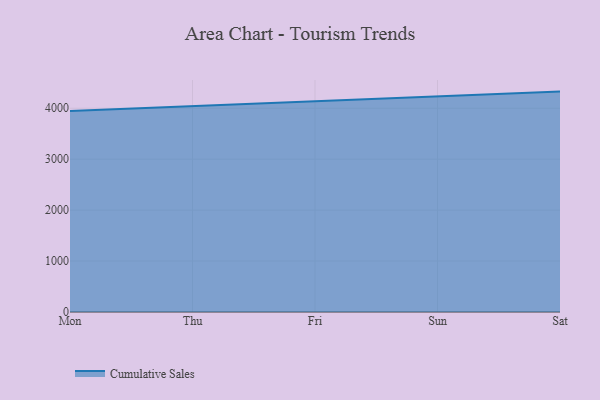
{"axis": {"x": "Day", "y": "Temperature (°C)"}, "legend": ["Cumulative Sales"], "data": [{"x": "Mon", "y": 3945.1, "type": "Cumulative Sales"}, {"x": "Thu", "y": 4037.8, "type": "Cumulative Sales"}, {"x": "Fri", "y": 4142.9, "type": "Cumulative Sales"}, {"x": "Sun", "y": 4234.4, "type": "Cumulative Sales"}, {"x": "Sat", "y": 4326.3, "type": "Cumulative Sales"}]}